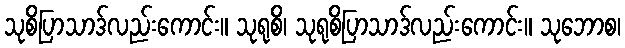
သုစိပြာသာဒ်လည်းကောင်း။ သုရုစိ၊ သုရုစိပြာသာဒ်လည်းကောင်း။ သုဘောစ၊